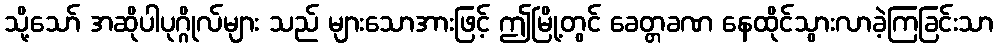
သို့သော် အဆိုပါပုဂ္ဂိုလ်များ သည် များသောအားဖြင့် ဤမြို့တွင် ခေတ္တခဏ နေထိုင်သွားလာခဲ့ကြခြင်းသာ